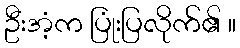
ဦးအံ့က ပြုံးပြလိုက်၏ ။